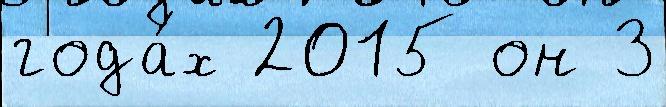
года́х 2015 он 3